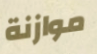
موازنة